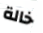
خالة